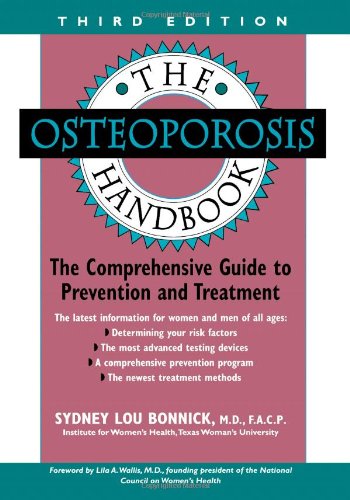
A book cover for The Osteoporosis Handbook; Sydney Lou Bonnick; Health, Fitness & Dieting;